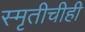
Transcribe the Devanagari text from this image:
स्मृतीचीही